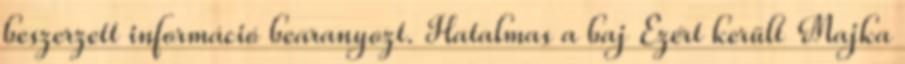
beszerzett információ bearanyozt. Hatalmas a baj Ezért került Majka